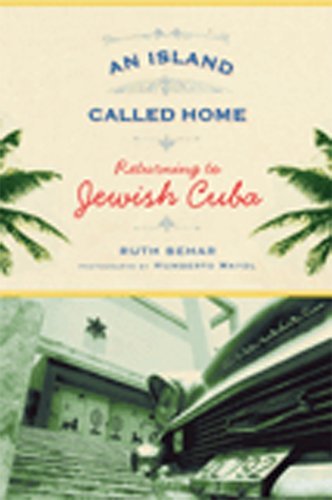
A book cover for An Island Called Home: Returning to Jewish Cuba; Ruth Behar; Biographies & Memoirs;